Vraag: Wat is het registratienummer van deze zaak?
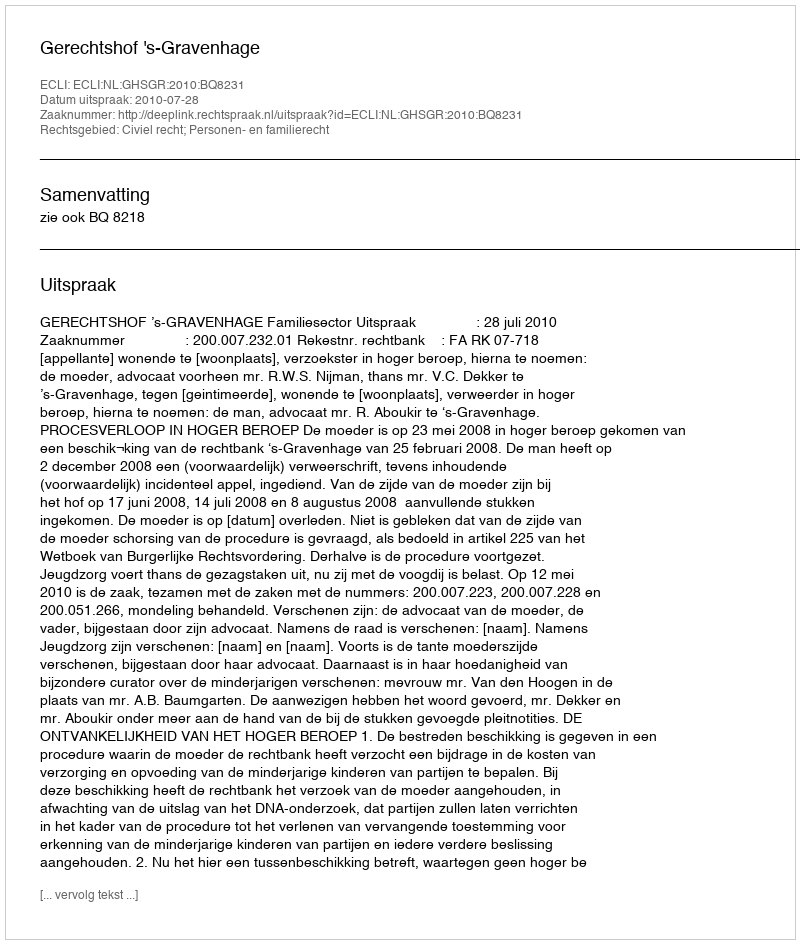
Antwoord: http://deeplink.rechtspraak.nl/uitspraak?id=ECLI:NL:GHSGR:2010:BQ8231